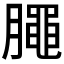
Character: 𣎜